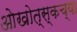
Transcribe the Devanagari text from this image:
ओखोत्स्कच्या